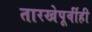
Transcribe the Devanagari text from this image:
तारखेपूर्वीही